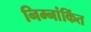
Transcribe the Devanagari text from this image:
निम्नांकिंत